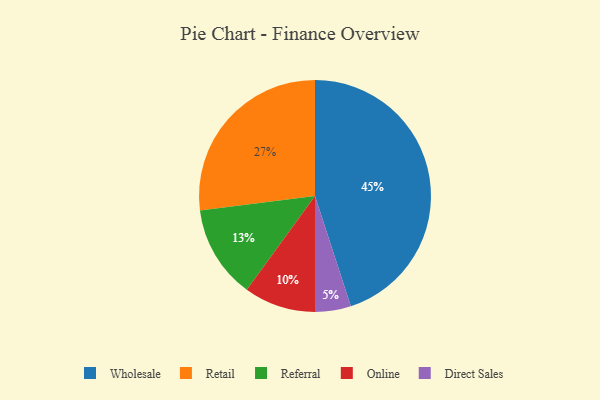
{"axis": {"x": "Category", "y": "Percentage"}, "legend": ["Direct Sales", "Online", "Referral", "Retail", "Wholesale"], "data": [{"x": "Retail", "y": 27, "type": "Retail"}, {"x": "Referral", "y": 13, "type": "Referral"}, {"x": "Direct Sales", "y": 5, "type": "Direct Sales"}, {"x": "Wholesale", "y": 45, "type": "Wholesale"}, {"x": "Online", "y": 10, "type": "Online"}]}